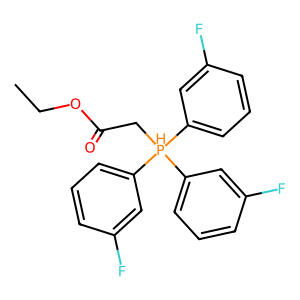
SMILES: CCOC(=O)C[PH](c1cccc(F)c1)(c1cccc(F)c1)c1cccc(F)c1
Inhibits HIV replication: No